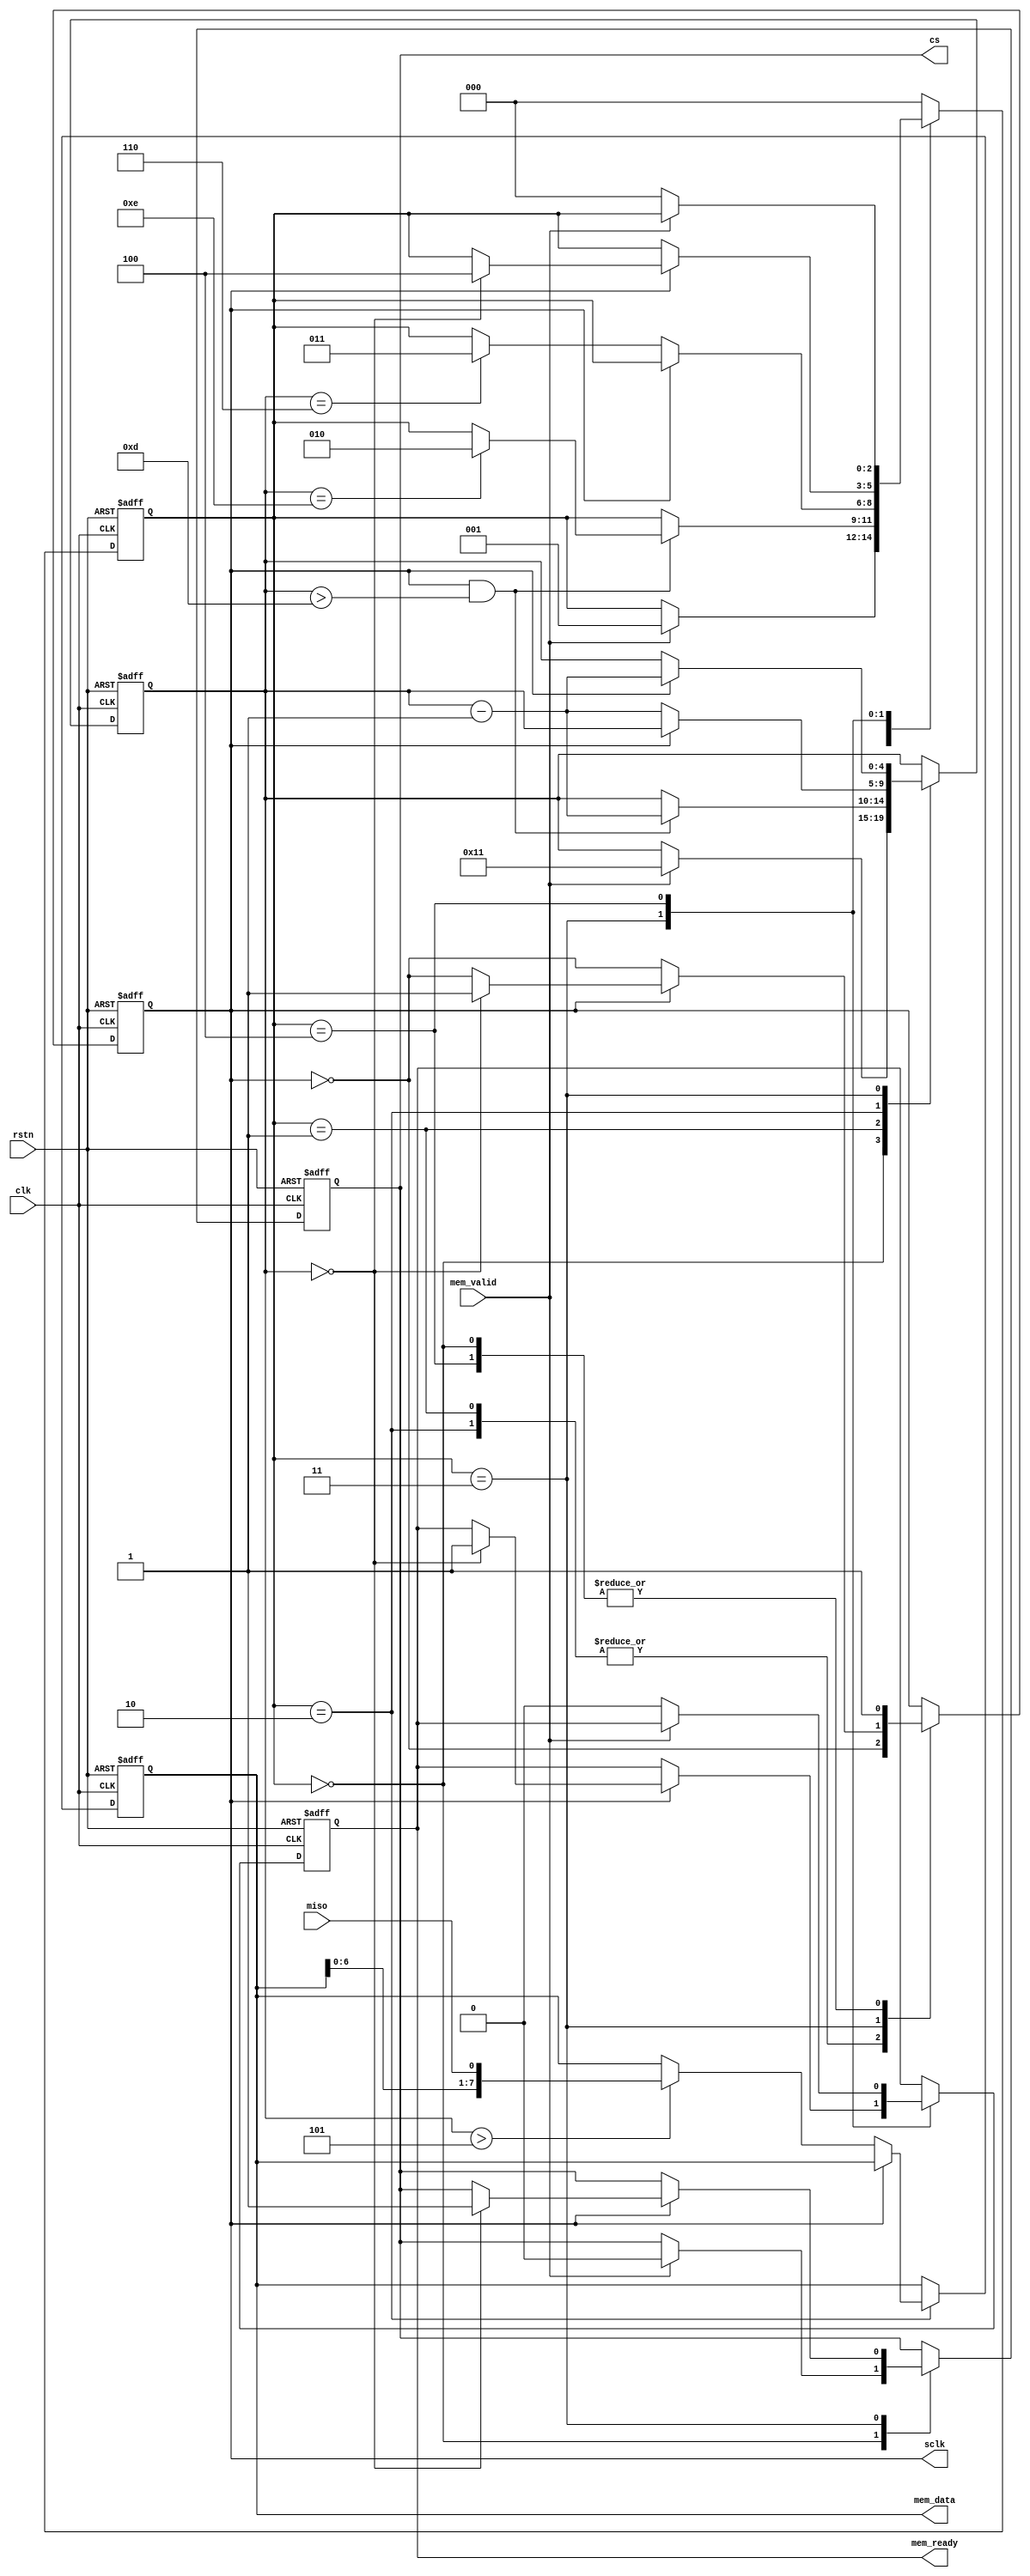
/*******************************************************************
* Module Name: SPI luxmeter sensor controller
* 
* Description: 
* This module [briefly describe the module's purpose and functionality].
* [Optional: Additional notes on functionality, special cases, or constraints.]
* Datasheet ADC: https://www.ti.com/lit/ds/symlink/adc081s021.pdf
* Memory interface: https://github.com/YosysHQ/picorv32?tab=readme-ov-file#picorv32-native-memory-interface
*
* Inputs:
* clk - 1-bit clock input signal for synchronizing the module's operations.
* rstn - 1-bit active low reset signal for initializing or resetting the module's internal state.
* [Document other inputs here if applicable...]
*
* Outputs:
* [Document outputs here if applicable...]
*
* Date: [Date, e.g., "YYYY-MM-DD"]
*******************************************************************/


module spi_sensor (
    input wire clk, // System clock
    input wire rstn, // Reset signal, active high
    input wire mem_valid, // Trigger signal for reading from ADC
    output reg [7:0] mem_data, // Data read from ADC
    output reg mem_ready, // Indicates when mem_data is valid
    output reg sclk, // SPI Clock
    output reg cs, // Chip Select for ADC
    input wire miso // Master In Slave Out - Data from ADC
);

    // State definitions
    localparam IDLE = 3'b00,
               START_CONVERSION = 3'b01,
               READ_ADC = 3'b10,
               TRAILING_ZEROES = 3'b11,
               DATA_READY = 3'b100;
               
    reg [2:0] state = IDLE;
    reg [4:0] bit_counter; // Adjusted for 15-bit cycle: 3 leading, 8 data, 4 trailing

    always @(posedge clk or negedge rstn) begin
        if (~rstn) begin
            state <= IDLE;
            sclk <= 1;
            cs <= 1; // ADC not selected
            mem_ready <= 0;
            mem_data <= 0;
            bit_counter <= 0;
        end else begin
            case(state)
                IDLE: begin
                    if(mem_valid) begin
                        cs <= 0; // Begin communication with ADC
                        bit_counter <= 17; // 15 SCLK cycles are required (3 + 8 + 4)
                        state <= START_CONVERSION;
                    end
                    sclk <= 1;
                end
                
                START_CONVERSION: begin
                    sclk <= ~sclk; // Toggle clock to start conversion
                    if(sclk && bit_counter > 13) begin // Count down during the 3 leading zeroes
                        bit_counter <= bit_counter - 1;
                        if(bit_counter == 14) state <= READ_ADC; // Next state after leading zeroes
                    end
                end
                
                READ_ADC: begin
                    sclk <= ~sclk; // Toggle clock to start conversion
                    if(!sclk) begin // Read on rising edge
                        if(bit_counter > 5) begin // Read during the 8 data bits
                            mem_data <= {mem_data[6:0], miso};
                        end
                        bit_counter <= bit_counter - 1;
                        if(bit_counter == 6) state <= TRAILING_ZEROES; // Move to trailing zeroes after data bits
                    end
                end
                
                TRAILING_ZEROES: begin
                    if(sclk) begin // Just clock through the trailing zeroes
                        bit_counter <= bit_counter - 1;
                        if(bit_counter == 0) begin
                            mem_ready <= 1; // Indicate data ready after the last trailing zero
                            cs <= 1; // Deselect ADC, end communication
                            state <= DATA_READY; // Return to idle state
                            sclk <= 1; // Keep clock high at the
                        end else
                            sclk <= ~sclk; // Toggle clock to start conversion
                    end else
                        sclk <= ~sclk; // Toggle clock to start conversion
                end

                DATA_READY: begin                    
                    if(~mem_valid) begin // Just clock through the trailing zeroes
                        mem_ready <= 0; // Indicate data ready after the last trailing zero
                        state <= IDLE; // Return to idle state
                    end
                    sclk <= 1;
                end
                
                default: state <= IDLE;
            endcase
        end
    end
endmodule